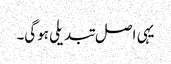
یہی اصل تبدیلی ہوگی۔